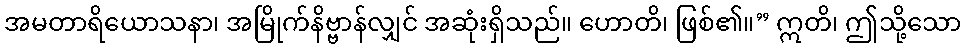
အမတာရိယောသနာ၊ အမြိုက်နိဗ္ဗာန်လျှင် အဆုံးရှိသည်။ ဟောတိ၊ ဖြစ်၏။” ဣတိ၊ ဤသို့သော